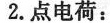
2.点电荷：